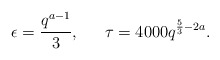
\begin{align*} \epsilon=\frac{q^{a-1}}{3},\,\,\,\,\,\,\,\,\, \tau= 4000q^{\frac{5}{3}-2a}. \end{align*}